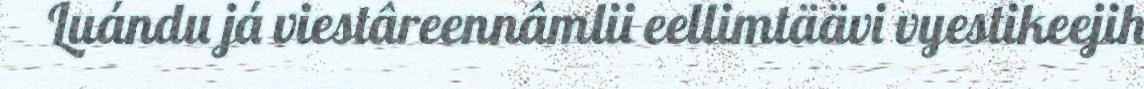
Luándu já viestâreennâmlii eellimtäävi vyestikeejih